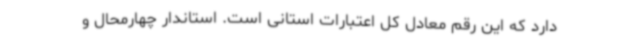
دارد که این رقم معادل کل اعتبارات استانی است. استاندار چهارمحال و